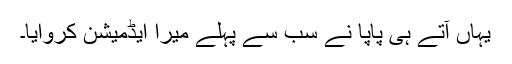
یہاں آتے ہی پاپا نے سب سے پہلے میرا ایڈمیشن کروایا۔